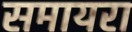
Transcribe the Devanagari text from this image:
समायरा